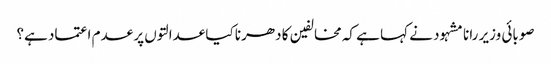
صوبائی وزیر رانا مشہود نے کہا ہے کہ مخالفین کا دھرنا کیا عدالتوں پر عدم اعتماد ہے؟